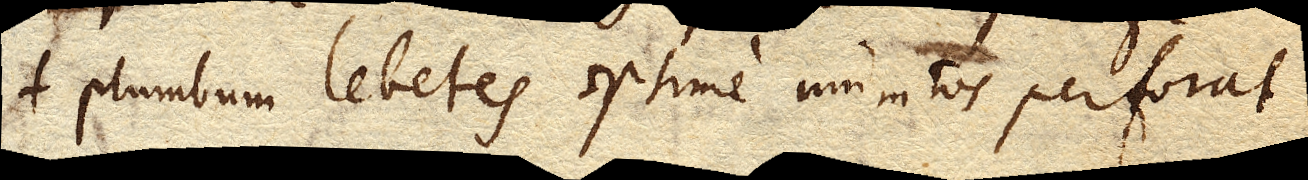
plumbum lebetes optime munitos perforat